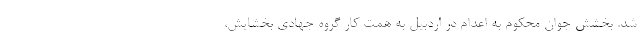
شد. بخشش جوان محکوم به اعدام در اردبیل به همت کار گروه جهادی بخشایش،